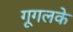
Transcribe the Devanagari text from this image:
गूगलके